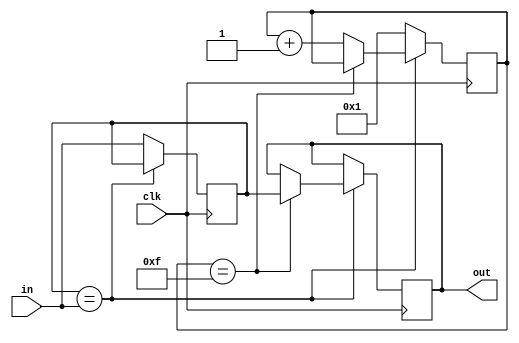
module Debounce(output out,input in, clk);
    parameter BITS = 4;
    reg state = 0; 
    reg out = 0;
    reg [BITS:0] count = 0;
    
    always @(posedge clk) begin
            
        if (state == in) 
            if (count == (1<<BITS)-1) out = state;
            else count = count + 1;
        else begin
            count = 1;
            state = in;
        end            
    end
    
endmodule